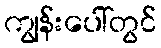
ကျွန်းပေါ်တွင်